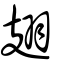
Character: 翅